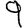
Digit: 9